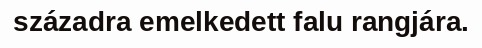
századra emelkedett falu rangjára.